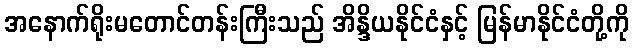
အနောက်ရိုးမတောင်တန်းကြီးသည် အိန္ဒိယနိုင်ငံနှင့် မြန်မာနိုင်ငံတို့ကို